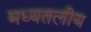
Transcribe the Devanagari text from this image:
मध्यतलीय